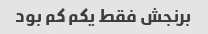
برنجش فقط یکم کم بود